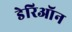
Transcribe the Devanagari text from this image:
डेरिऑन